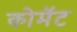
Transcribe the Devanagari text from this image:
कोमॅट